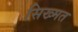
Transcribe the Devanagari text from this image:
सिख्मत